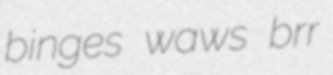
binges waws brr